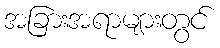
အခြားအရာများတွင်